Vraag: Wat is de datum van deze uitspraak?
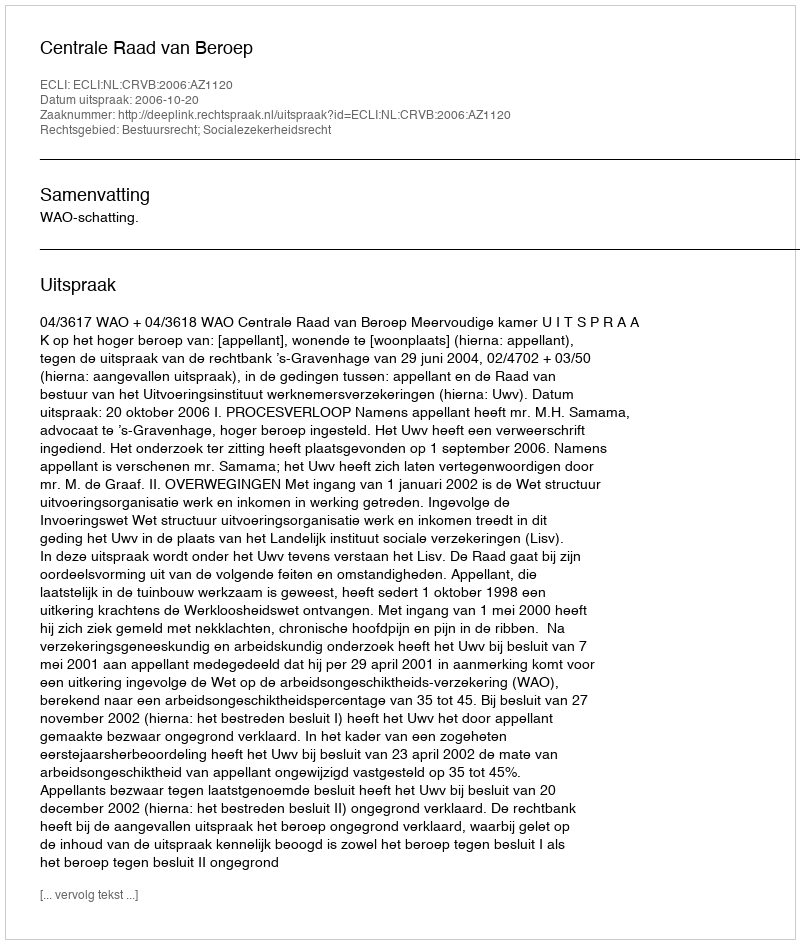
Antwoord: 2006-10-20